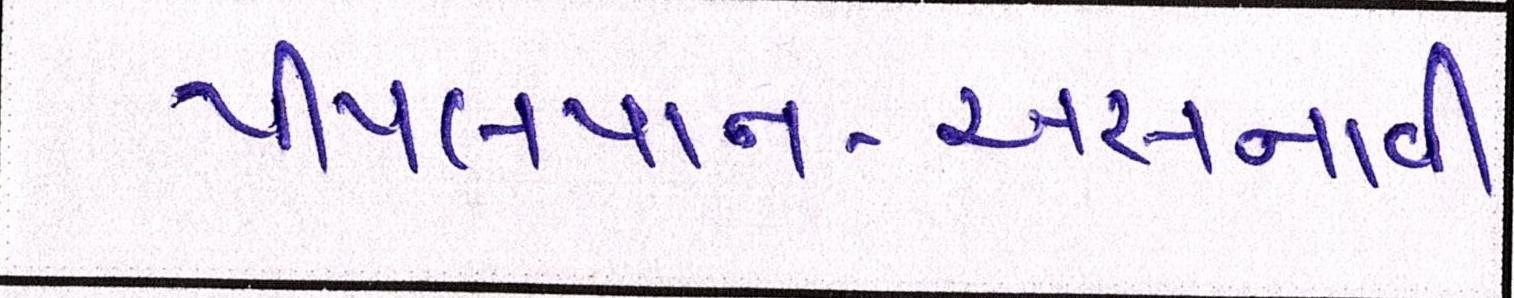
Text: પીપલપાન-અસનાવી